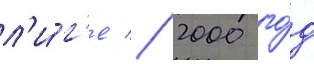
л'и́г'е // 2000 го́д